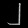
Digit: ၂